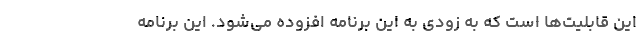
این قابلیت‌ها است که به زودی به این برنامه افزوده می‌شود. این برنامه